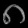
Digit: ၈